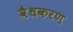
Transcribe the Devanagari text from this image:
वैधकरण